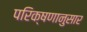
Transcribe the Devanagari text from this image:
परिक्षणानुसार